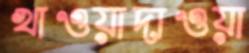
খাওয়াদাওয়া